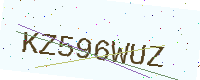
Text: KZ596WUZ